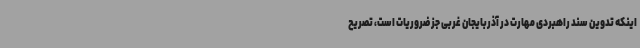
اینکه تدوین سند راهبردی مهارت در آذربایجان غربی جز ضروریات است، تصریح